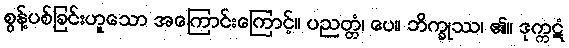
စွန့်ပစ်ခြင်းဟူသော အကြောင်းကြောင့်။ ပညတ္တံ၊ ပေ။ ဘိက္ခုဿ၊ ၏။ ဒုက္ကဋံ